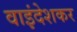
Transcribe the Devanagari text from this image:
वाइंदेशकर